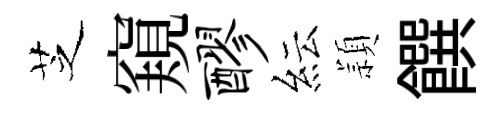
芝窺醪紜頴饌